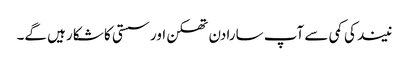
نیند کی کمی سے آپ سارا دن تھکن اور سستی کا شکا رہیں گے۔